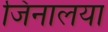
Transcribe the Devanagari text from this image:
जिनालया